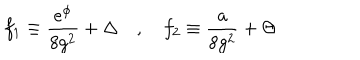
LaTeX: f _ { 1 } \equiv { \frac { e ^ { \phi } } { 8 g ^ { 2 } } } + \Delta \quad , \quad f _ { 2 } \equiv { \frac { a } { 8 g ^ { 2 } } } + \Theta